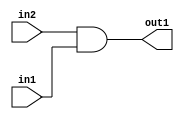
`timescale 1ps / 1ps
/*****************************************************************************
    Verilog RTL Description
    
    
    Created by: Stratus DpOpt 2019.1.01 
*******************************************************************************/

module st_weight_addr_gen_And_1Ux1U_1U_4_4 (
	in2,
	in1,
	out1
	); /* architecture "behavioural" */ 
input  in2,
	in1;
output  out1;
wire  asc001;

assign asc001 = 
	(in2)
	&(in1);

assign out1 = asc001;
endmodule

/* CADENCE  urf5Qgs= : u9/ySgnWtBlWxVPRXgAZ4Og= ** DO NOT EDIT THIS LINE ******/